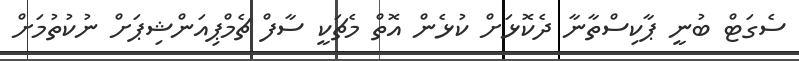
ސެގަޓް ބުނީ ޕާކިސްތާނާ ދެކޮޅަށް ކުޅެން އޮތް މެޗަކީ ސާފް ޗެމްޕިއަންޝިޕަށް ނުކުތުމަށް